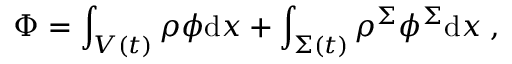
\Phi = \int _ { V ( t ) } \rho \phi \mathrm { d } \boldsymbol { x } + \int _ { \Sigma ( t ) } \rho ^ { \Sigma } \phi ^ { \Sigma } \mathrm { d } \boldsymbol { x } \; ,